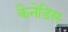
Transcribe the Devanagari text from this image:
कैनेडिस